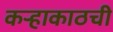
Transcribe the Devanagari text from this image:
कऱ्हाकाठची